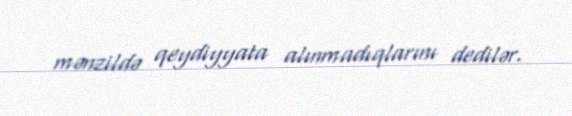
mənzildə qeydiyyata alınmadıqlarını dedilər.